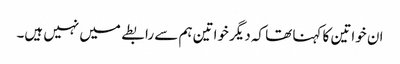
ان خواتین کا کہنا تھا کہ دیگر خواتین ہم سے رابطے میں نہیں ہیں۔